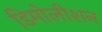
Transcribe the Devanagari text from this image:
डिमोलीशन